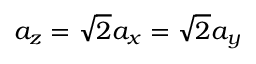
a _ { z } = \sqrt { 2 } a _ { x } = \sqrt { 2 } a _ { y }